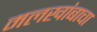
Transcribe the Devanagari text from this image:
मलखांबाचा